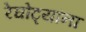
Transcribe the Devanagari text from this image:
रेघोट्यांना